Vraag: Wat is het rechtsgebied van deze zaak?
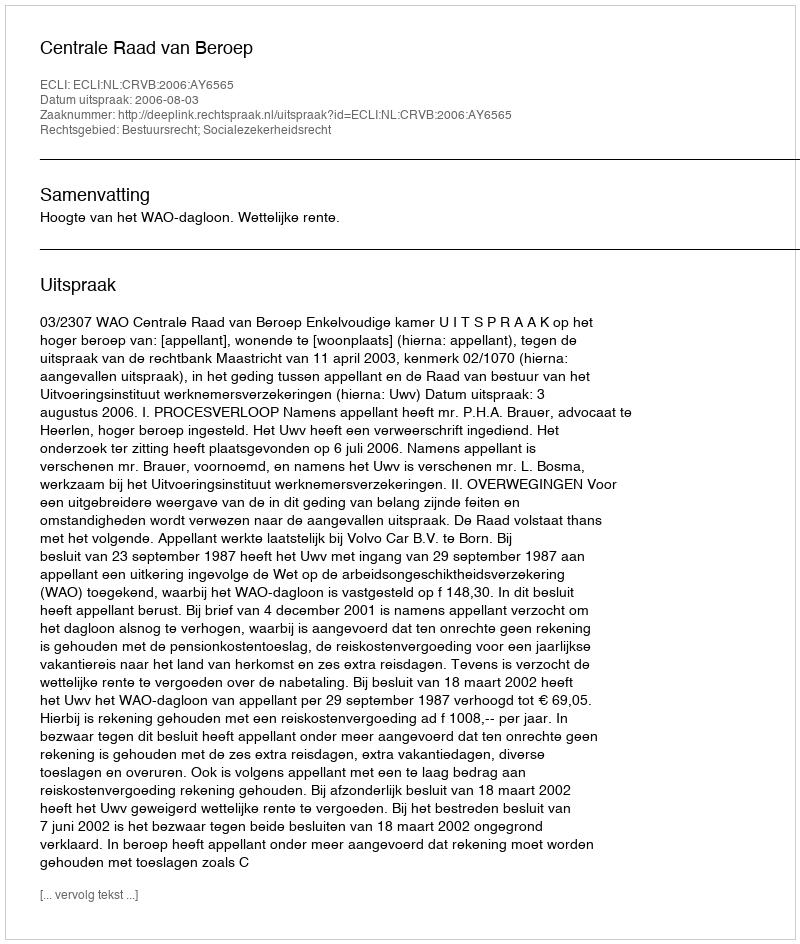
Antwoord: Bestuursrecht; Socialezekerheidsrecht